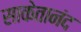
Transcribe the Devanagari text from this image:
साकेतानंद